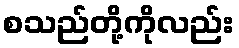
စသည်တို့ကိုလည်း